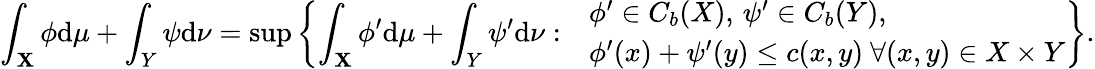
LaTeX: \int_{\mathbf{X}}\phi\mathrm{{d}}\mu+\int_{Y}\psi\mathrm{{d}}\nu=\operatorname*{sup}\left\{ \int_{\mathbf{X}}\phi^{\prime}\mathrm{{d}}\mu+\int_{Y}\psi^{\prime}\mathrm{{d}}\nu:\begin{array}{rl}&{\phi^{\prime}\in C_{b}(X),\, \psi^{\prime}\in C_{b}(Y),}\\ &{\phi^{\prime}(x)+\psi^{\prime}(y)\leq c(x,y)\ \forall(x,y)\in X\times Y}\end{array}\right\} .